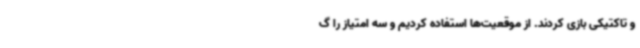
و تاکتیکی بازی کردند. از موقعیت‌ها استفاده کردیم و سه امتیاز را گ